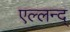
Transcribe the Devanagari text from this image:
एल्लन्द्